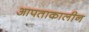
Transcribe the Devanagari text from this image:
आपताकालीन